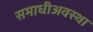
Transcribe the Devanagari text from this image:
समाधीअवस्था